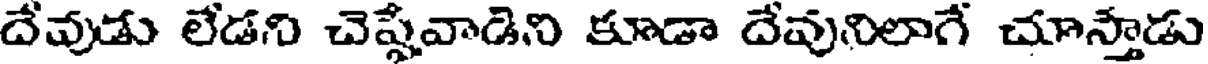
దేవుడు లేడని చెప్పేవాడిని కూడా దేవునిలాగే చూస్తాడు